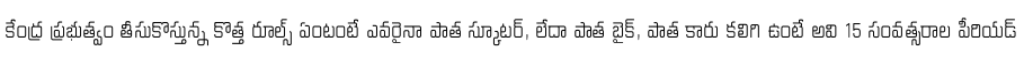
కేంద్ర ప్రభుత్వం తీసుకొస్తున్న కొత్త రూల్స్ ఏంటంటే ఎవరైనా పాత స్కూటర్, లేదా పాత బైక్, పాత కారు కలిగి ఉంటే అవి 15 సంవత్సరాల పీరియడ్